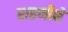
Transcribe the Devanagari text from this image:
राहणीने